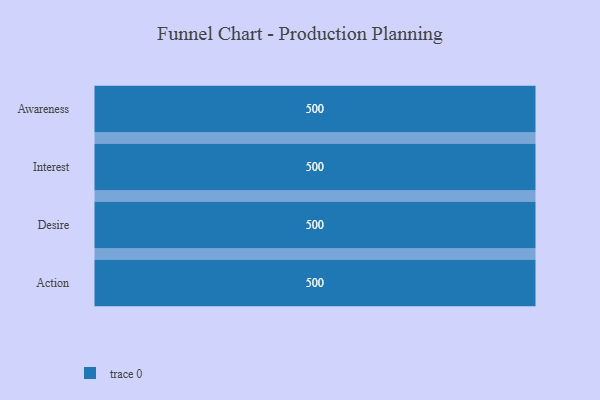
{"axis": {"x": "Stage", "y": "Value"}, "legend": [""], "data": [{"x": "Awareness", "y": 500, "type": ""}, {"x": "Interest", "y": 500, "type": ""}, {"x": "Desire", "y": 500, "type": ""}, {"x": "Action", "y": 500, "type": ""}]}